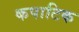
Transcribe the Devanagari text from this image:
कपाटिक